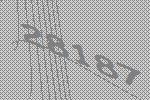
28187